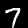
Label: 7